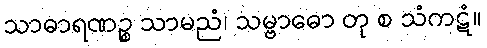
သာဓာရဏဉ္စ သာမညံ၊ သမ္ဗာဓော တု စ သံကဋံ။